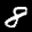
Label: 8